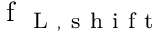
\mathrm { ~ f ~ } _ { \mathrm { ~ L ~ , ~ s ~ h ~ i ~ f ~ t ~ } }